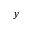
y